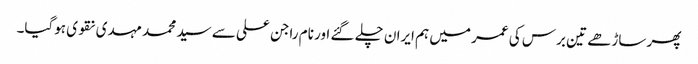
پھر ساڑھے تین برس کی عمر میں ہم ایران چلے گئے اور نام راجن علی سے سید محمد مہدی نقوی ہوگیا۔